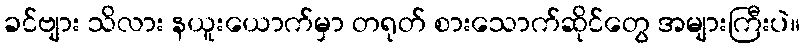
ခင်ဗျား သိလား နယူးယောက်မှာ တရုတ် စားသောက်ဆိုင်တွေ အများကြီးပဲ။